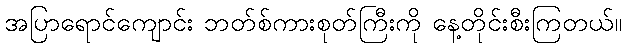
အပြာရောင်ကျောင်း ဘတ်စ်ကားစုတ်ကြီးကို နေ့တိုင်းစီးကြတယ်။